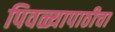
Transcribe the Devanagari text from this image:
पिवळ्यापाठीचा